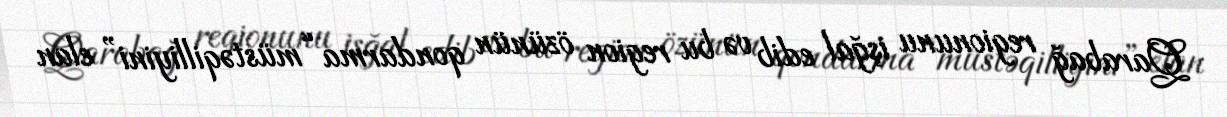
Qarabağ regionunu işğal edib və bu region özünün qondarma “müstəqilliyini” elan